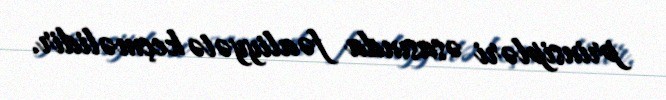
prinsipləri əsasında fəaliyyətə keçməlidir.